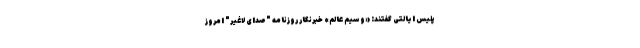
پلیس ایالتی گفتند: «وسیم عالم» خبرنگار روزنامه "صدای لاغیر" امروز